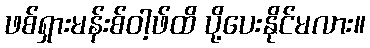
ဖစ်ရှားမန်းစ်ဝါ့ဖ်ထိ ပို့ပေးနိုင်မလား။